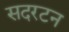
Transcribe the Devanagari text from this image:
सदरटन